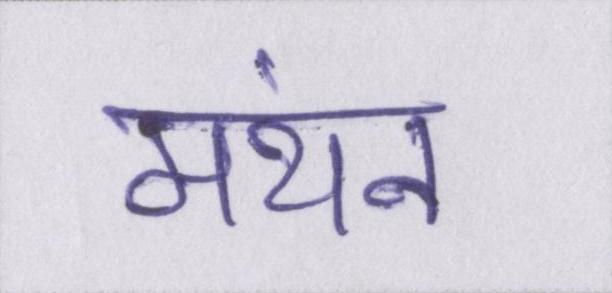
मंथन